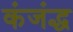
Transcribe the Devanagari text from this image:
कंजंद्ध